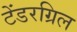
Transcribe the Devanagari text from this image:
टेंडरग्रिल